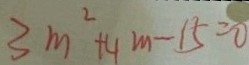
3 m ^ { 2 } + 4 m - 1 5 = 0